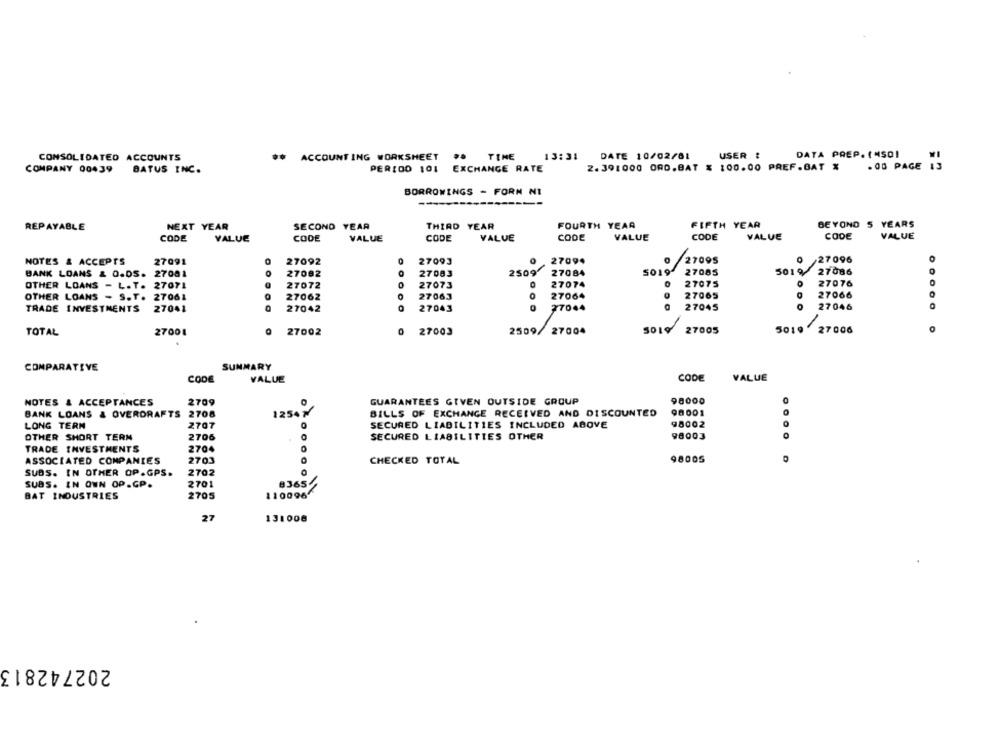
CONSOLIDATED ACCOUNTS
..
ACCOUNT ING WORKSHEET
TINE
13:31
DATE 10/02/81
USER :
DATA PREP. ( "SO!
.00 PAGE 13
COMPANY 00439
BATUS INC.
PERIOD 101
EXCHANGE RATE
2.391000 ORD.BAT % 100.00 PREF.BAT %
BORROWINGS - FORM NI
NEXT YEAR
SECOND YEAR
THIRD YEAR
FOURTH YEAR
FIFTH YEAR
BEYOND 5 YEARS
REPAYABLE
CODE
VALUE
CODE
VALUE
CODE
VALUE
CODE
VALUE
CODE
VALUE
CODE
VALUE
NOTES & ACCEPTS
27091
27092
27093
27094
27095
/27096
BANK LOANS & O.DS. 27081
27082
27083
2509
27084
5019
27085
5019 27086
27072
27073
27074
27075
O
27076
OTHER LOANS - L.T. 27071
OTHER LOANS - S.T. 27061
27062
27063
27064
27065
27066
27044
27045
27046
TRADE INVESTMENTS
27041
27042
27043
5019 27006
TOTAL
27001
27002
0
27003
2509/
27004
27005
SUMMARY
COMPARATIVE
CODE
VALUE
CODE
VALUE
NOTES & ACCEPTANCES
2709
GUARANTEES GIVEN OUTSIDE GROUP
98000
BANK LOANS & OVERDRAFTS 2708
12547
BILLS OF EXCHANGE RECEIVED AND DISCOUNTED
98001
LONG TERM
2707
0
SECURED LIABILITIES INCLUDED ABOVE
98002
0
OTHER SHORT TERM
2706
SECURED LIABILITIES OTHER
98003
TRADE INVESTMENTS
2704
ASSOCIATED COMPANIES
2703
CHECKED TOTAL
98005
SUBS. IN OTHER OP.GPS.
2702
SUBS. IN OWN OP.CP.
2701
8365
110096
BAT INDUSTRIES
2705
27
13:008
202742813